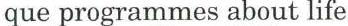
que programmes about life